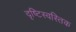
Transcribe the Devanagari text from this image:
दृष्टिस्वस्तिक